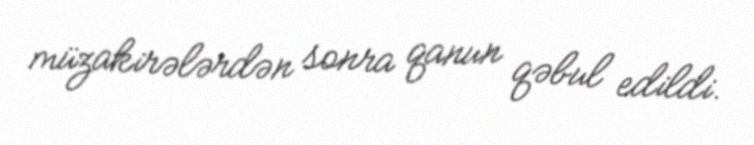
müzakirələrdən sonra qanun qəbul edildi.